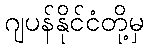
ဂျပန်နိုင်ငံတို့မှ